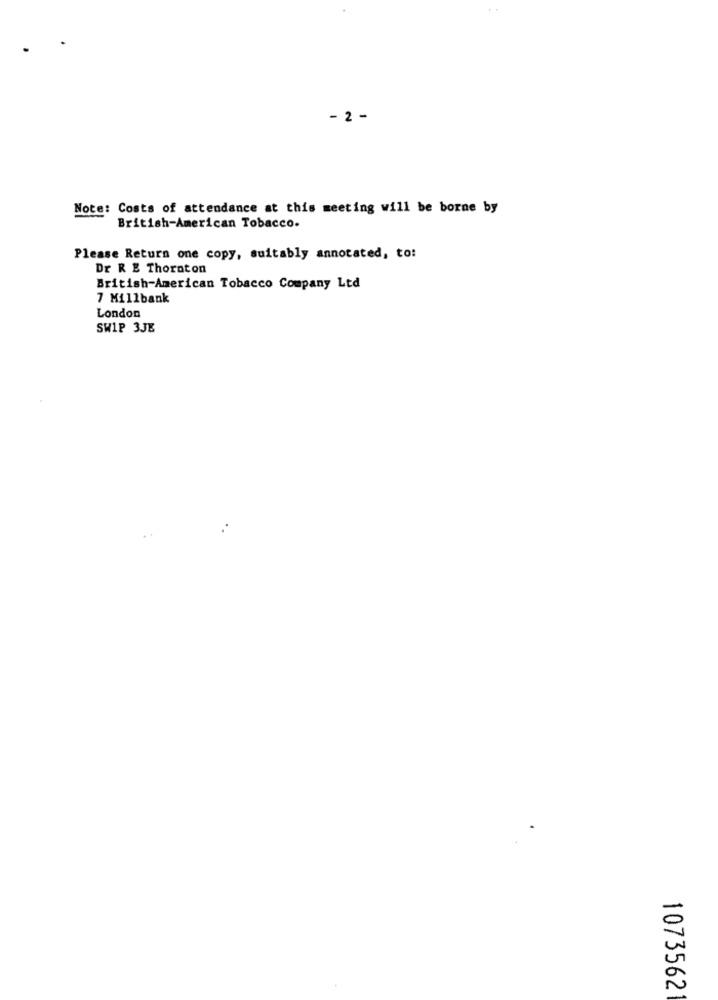
- 2 -
Note: Costs of attendance at this meeting will be borne by
British-American Tobacco.
Please Return one copy, suitably annotated, to:
Dr R E Thornton
British-American Tobacco Company Ltd
7 Millbank
London
SWIP 3JE
1073562